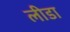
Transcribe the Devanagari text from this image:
लीडा